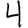
Digit: 4